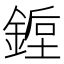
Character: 𰼿